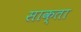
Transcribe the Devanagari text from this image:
साक्ता